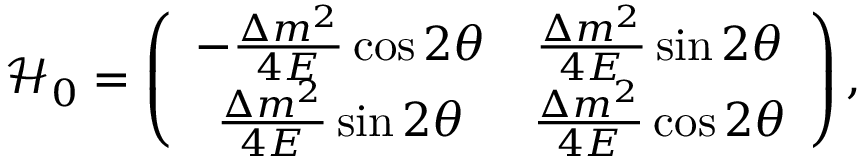
\mathcal { H } _ { 0 } = \left( \begin{array} { c c } { { - \frac { \Delta m ^ { 2 } } { 4 E } \cos 2 \theta } } & { { \frac { \Delta m ^ { 2 } } { 4 E } \sin 2 \theta } } \\ { { \frac { \Delta m ^ { 2 } } { 4 E } \sin 2 \theta } } & { { \frac { \Delta m ^ { 2 } } { 4 E } \cos 2 \theta } } \end{array} \right) ,